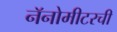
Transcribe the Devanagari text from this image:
नॅनोमीटरची